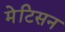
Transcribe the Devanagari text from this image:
मेटिसन